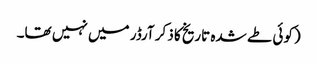
(کوئی طے شدہ تاریخ کا ذکر آرڈر میں نہیں تھا۔